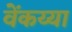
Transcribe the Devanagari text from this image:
वेंकय्या